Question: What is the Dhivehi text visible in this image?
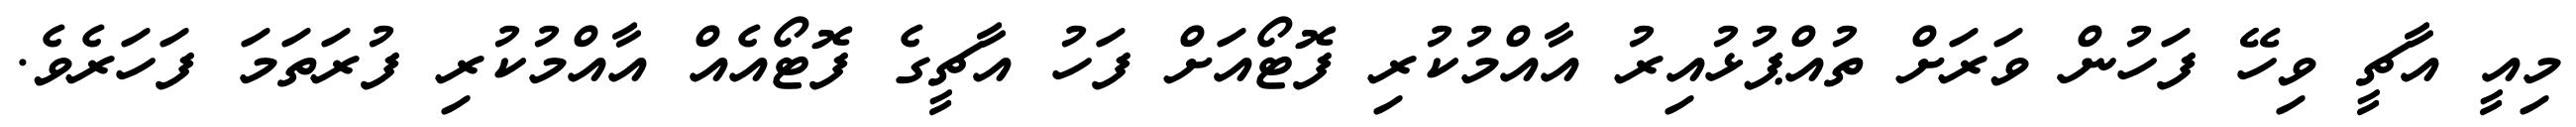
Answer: މިއީ އާޗީ ވިހޭ ފަހުން ވަރަށް ތުއްޕުޅުއިރު އާއްމުކުރި ފޮޓޯއަށް ފަހު އާޗީގެ ފޮޓޯއެއް އާއްމުކުރި ފުރަތަމަ ފަހަރެވެ.